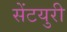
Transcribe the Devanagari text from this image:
सेंटयुरी